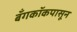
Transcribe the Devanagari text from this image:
बँगकॉकपासून